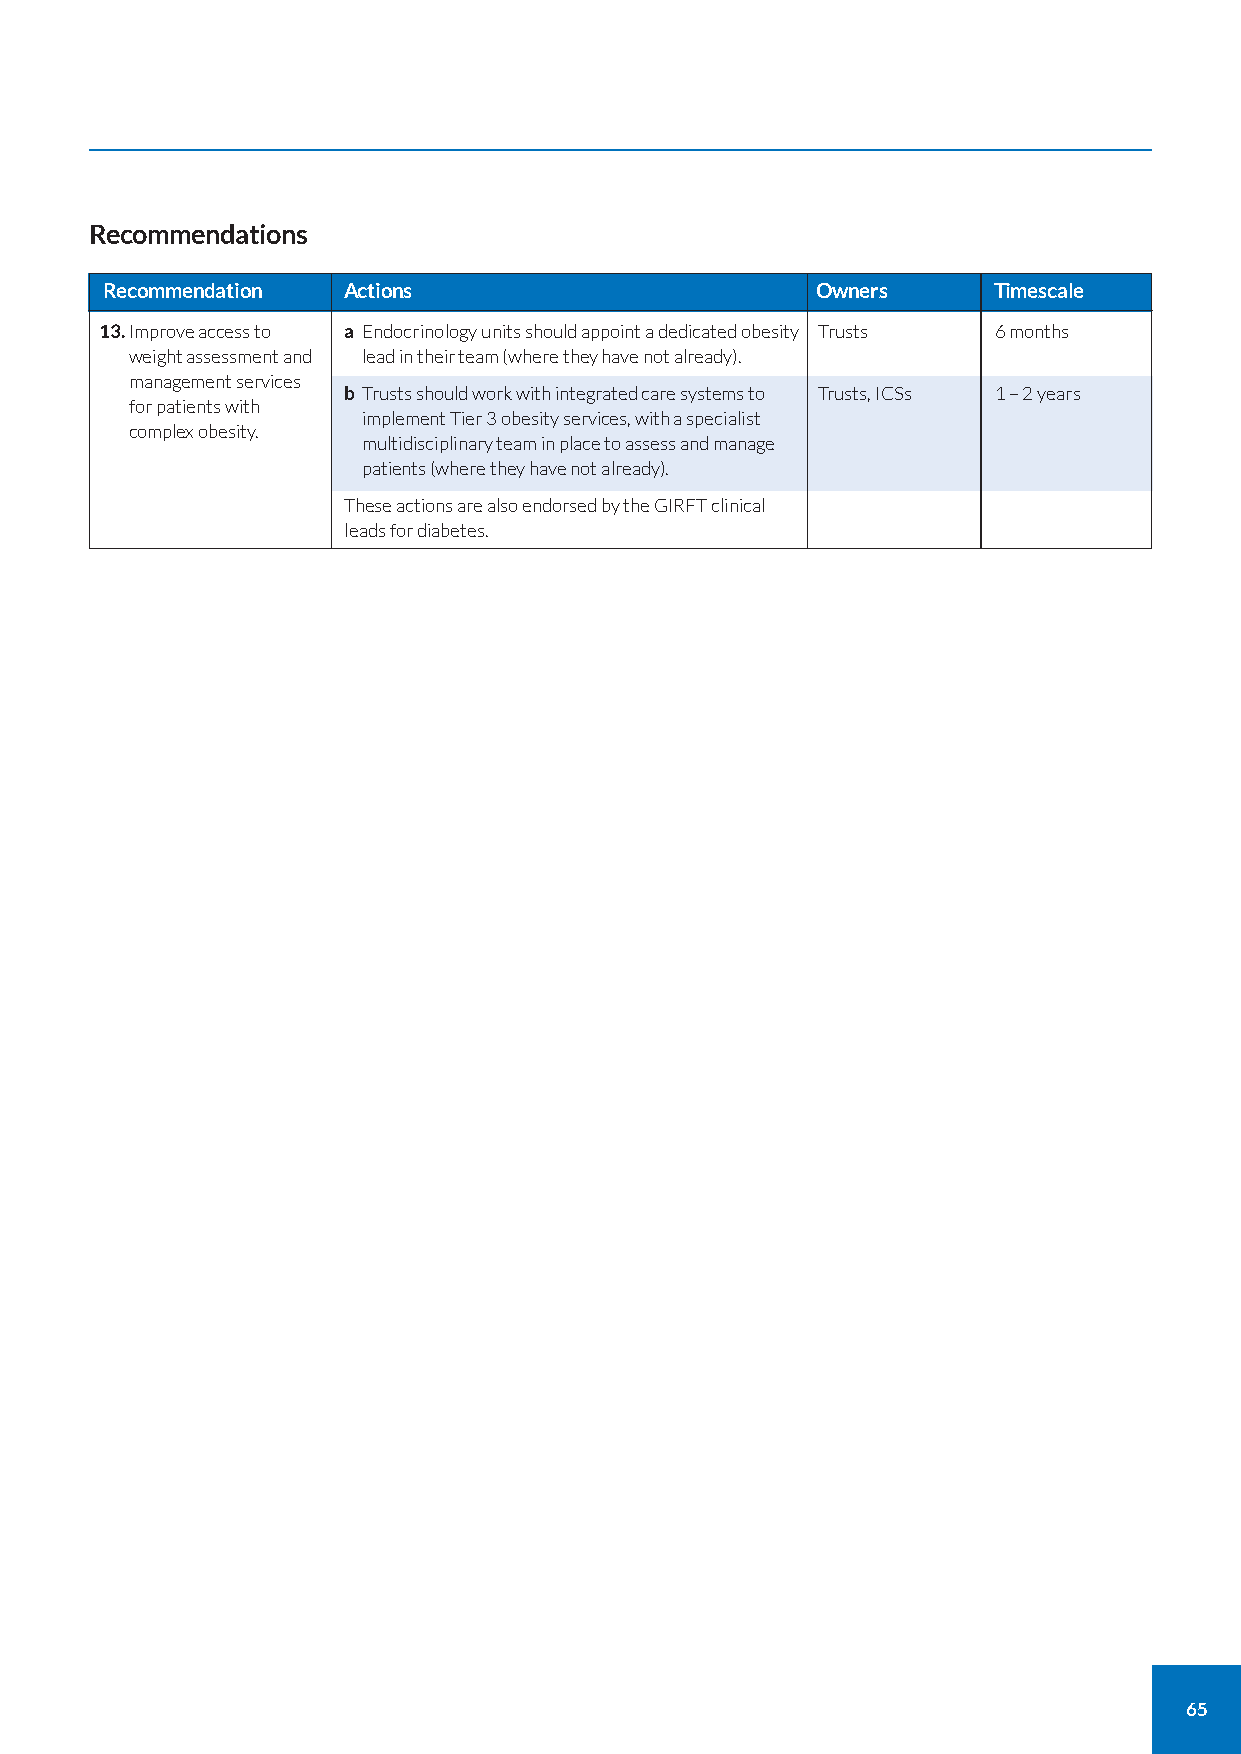
Recommendations
 Recommendation  Actions                        Owners      Timescale
 13.Improve access to a Endocrinology units should appoint a dedicated obesity Trusts 6 months
 weight assessment and lead in their team (where they have not already).
 management services
 b Trusts should work with integrated care systems to Trusts, ICSs 1 – 2 years
 for patients with
 implement Tier 3 obesity services, with a specialist
 complex obesity.
 multidisciplinary team in place to assess and manage
 patients (where they have not already).
 These actions are also endorsed by the GIRFT clinical
 leads for diabetes.
 65